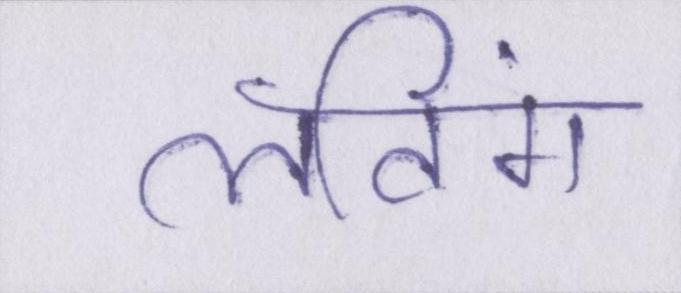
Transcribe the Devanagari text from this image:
लविंग